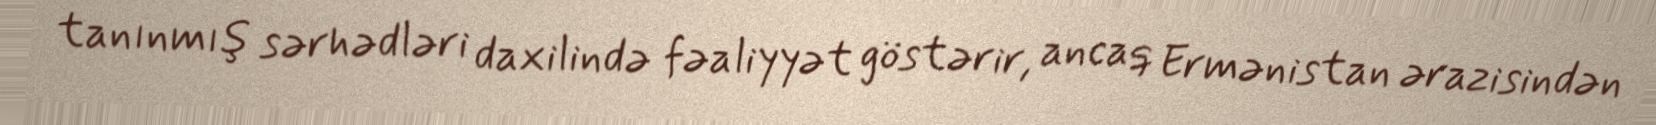
tanınmış sərhədləri daxilində fəaliyyət göstərir, ancaq Ermənistan ərazisindən